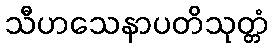
သီဟသေနာပတိသုတ္တံ